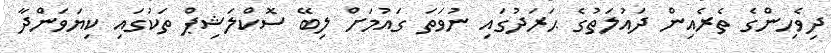
ދިވެހިންގެ ތެރެއިން ދައުލަތުގެ ޙަރަދުގައި ނުވަތަ ގައުމަށް ލިބޭ ސޮކްލަޝިޕް ތަކުގައި ކިޔަވަންދާ